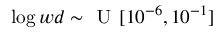
\log { w d } \sim \textsc { U } [ 1 0 ^ { - 6 } , 1 0 ^ { - 1 } ]